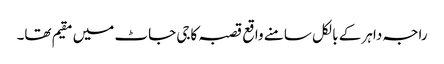
راجہ داہر کے بالکل سامنے واقع قصبہ کاجی جاٹ میں مقیم تھا۔